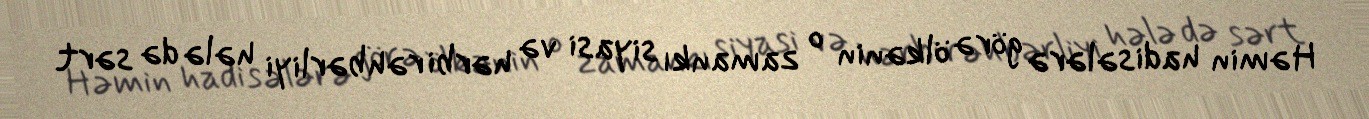
Həmin hadisələrə görə ölkənin o zamankı siyasi və hərbi rəhbərliyi hələ də sərt